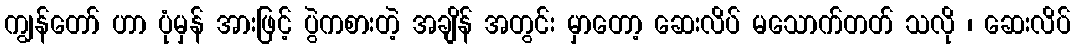
ကျွန်တော် ဟာ ပုံမှန် အားဖြင့် ပွဲကစားတဲ့ အချိန် အတွင်း မှာတော့ ဆေးလိပ် မသောက်တတ် သလို ၊ ဆေးလိပ်